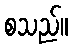
စသည်။